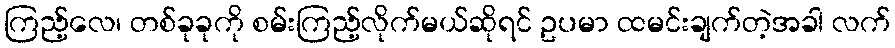
ကြည့်လေ၊ တစ်ခုခုကို စမ်းကြည့်လိုက်မယ်ဆိုရင် ဥပမာ ထမင်းချက်တဲ့အခါ လက်